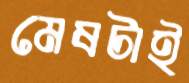
মেষটাই